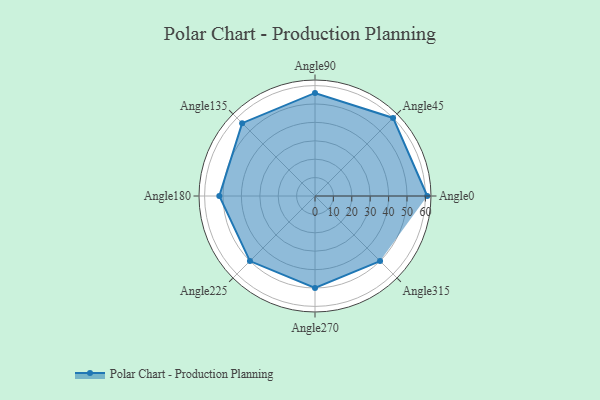
{"axis": {"x": "Angle", "y": "Radius"}, "legend": [""], "data": [{"x": "Angle0", "y": 61.0, "type": ""}, {"x": "Angle45", "y": 60.0, "type": ""}, {"x": "Angle90", "y": 56.0, "type": ""}, {"x": "Angle135", "y": 56.0, "type": ""}, {"x": "Angle180", "y": 52.0, "type": ""}, {"x": "Angle225", "y": 50, "type": ""}, {"x": "Angle270", "y": 50, "type": ""}, {"x": "Angle315", "y": 50, "type": ""}]}